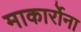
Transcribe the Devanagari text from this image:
माकार्रोना